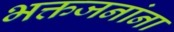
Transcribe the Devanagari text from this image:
भक्तजनांना